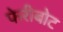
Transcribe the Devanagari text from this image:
फेरीबोट